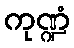
ကုဏ္ဍံ